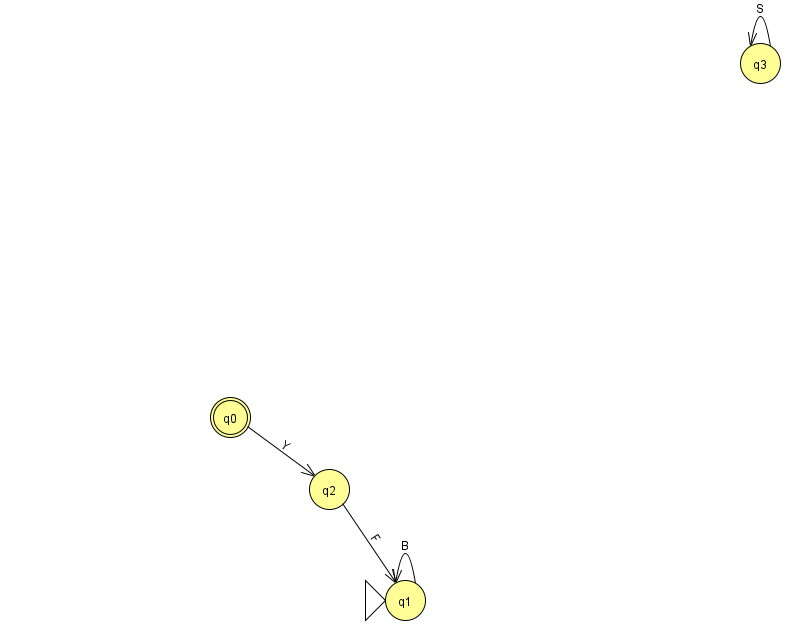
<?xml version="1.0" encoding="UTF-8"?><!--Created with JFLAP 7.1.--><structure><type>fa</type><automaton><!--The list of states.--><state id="0" name="q0"><x>230.0</x><y>404.0</y><final/></state><state id="1" name="q1"><x>405.0</x><y>587.0</y><initial/></state><state id="2" name="q2"><x>329.0</x><y>476.0</y></state><state id="3" name="q3"><x>760.0</x><y>50.0</y></state><!--The list of transitions.--><transition><from>1</from><to>1</to><read>B</read></transition><transition><from>3</from><to>3</to><read>S</read></transition><transition><from>2</from><to>1</to><read>F</read></transition><transition><from>0</from><to>2</to><read>Y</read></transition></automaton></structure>